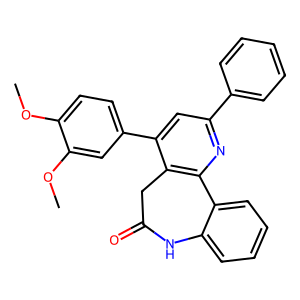
SMILES: COc1ccc(-c2cc(-c3ccccc3)nc3c2CC(=O)Nc2ccccc2-3)cc1OC
Inhibits HIV replication: No